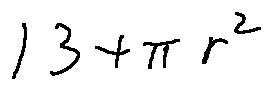
1 3 + \pi r ^ { 2 }